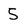
Character: 5